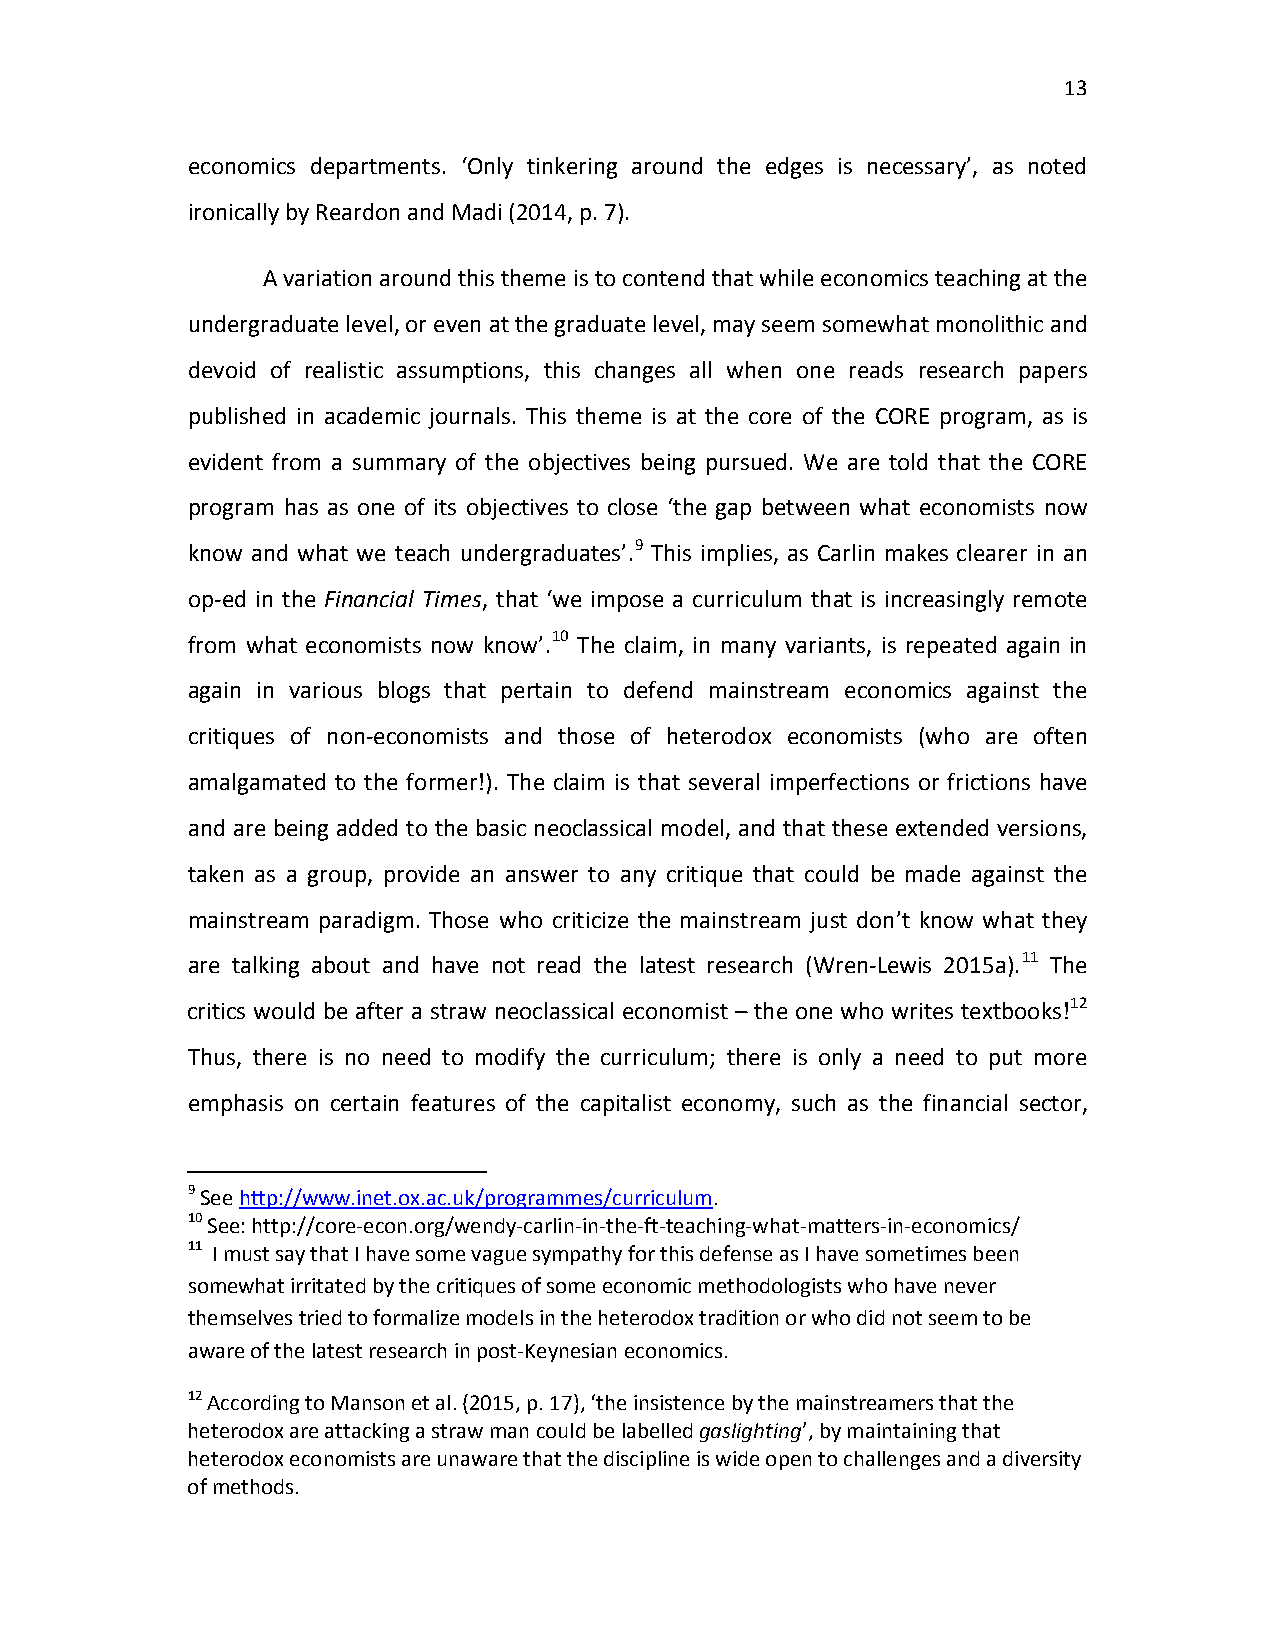
13
 economics departments. ‘Only tinkering around the edges is necessary’, as noted
 ironically by Reardon and Madi (2014, p. 7).
 A variation around this theme is to contend that while economics teaching at the
 undergraduate level, or even at the graduate level, may seem somewhat monolithic and
 devoid of realistic assumptions, this changes all when one reads research papers
 published in academic journals. This theme is at the core of the CORE program, as is
 evident from a summary of the objectives being pursued. We are told that the CORE
 program has as one of its objectives to close ‘the gap between what economists now
 know and what we teach undergraduates’.9 This implies, as Carlin makes clearer in an
 op-ed in the Financial Times, that ‘we impose a curriculum that is increasingly remote
 from what economists now know’.10 The claim, in many variants, is repeated again in
 again in various blogs that pertain to defend mainstream economics against the
 critiques of non-economists and those of heterodox economists (who are often
 amalgamated to the former!). The claim is that several imperfections or frictions have
 and are being added to the basic neoclassical model, and that these extended versions,
 taken as a group, provide an answer to any critique that could be made against the
 mainstream paradigm. Those who criticize the mainstream just don’t know what they
 are talking about and have not read the latest research (Wren-Lewis 2015a).11 The
 critics would be after a straw neoclassical economist – the one who writes textbooks!12
 Thus, there is no need to modify the curriculum; there is only a need to put more
 emphasis on certain features of the capitalist economy, such as the financial sector,
 9 See http://www.inet.ox.ac.uk/programmes/curriculum.
 10 See: http://core-econ.org/wendy-carlin-in-the-ft-teaching-what-matters-in-economics/
 11 I must say that I have some vague sympathy for this defense as I have sometimes been
 somewhat irritated by the critiques of some economic methodologists who have never
 themselves tried to formalize models in the heterodox tradition or who did not seem to be
 aware of the latest research in post-Keynesian economics.
 12 According to Manson et al. (2015, p. 17), ‘the insistence by the mainstreamers that the
 heterodox are attacking a straw man could be labelled gaslighting’, by maintaining that
 heterodox economists are unaware that the discipline is wide open to challenges and a diversity
 of methods.